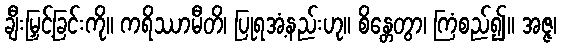
ချီးမြှင့်ခြင်းကို။ ကရိဿာမီတိ၊ ပြုရအံ့နည်းဟု။ စိန္တေတွာ၊ ကြံစည်၍။ အဇ္ဇ၊